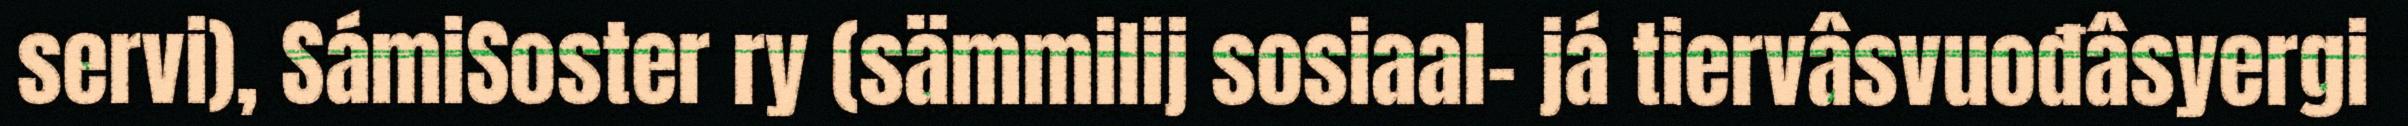
servi), SámiSoster ry (sämmilij sosiaal- já tiervâsvuođâsyergi